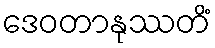
ဒေဝတာနုဿတိံ